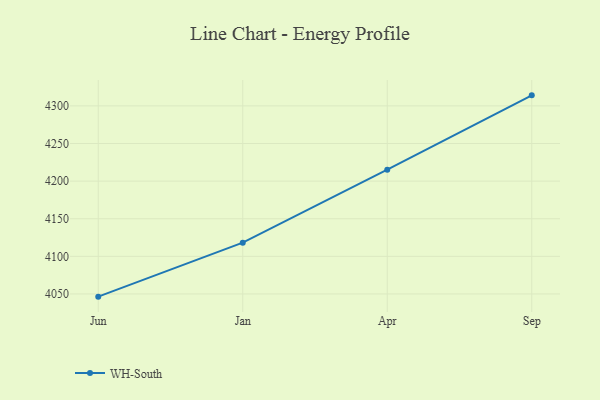
{"axis": {"x": "Month", "y": "Satisfaction Score"}, "legend": ["WH-South"], "data": [{"x": "Jun", "y": 4046.4, "type": "WH-South"}, {"x": "Jan", "y": 4118.2, "type": "WH-South"}, {"x": "Apr", "y": 4215.2, "type": "WH-South"}, {"x": "Sep", "y": 4314.0, "type": "WH-South"}]}